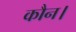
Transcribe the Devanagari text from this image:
कौन।